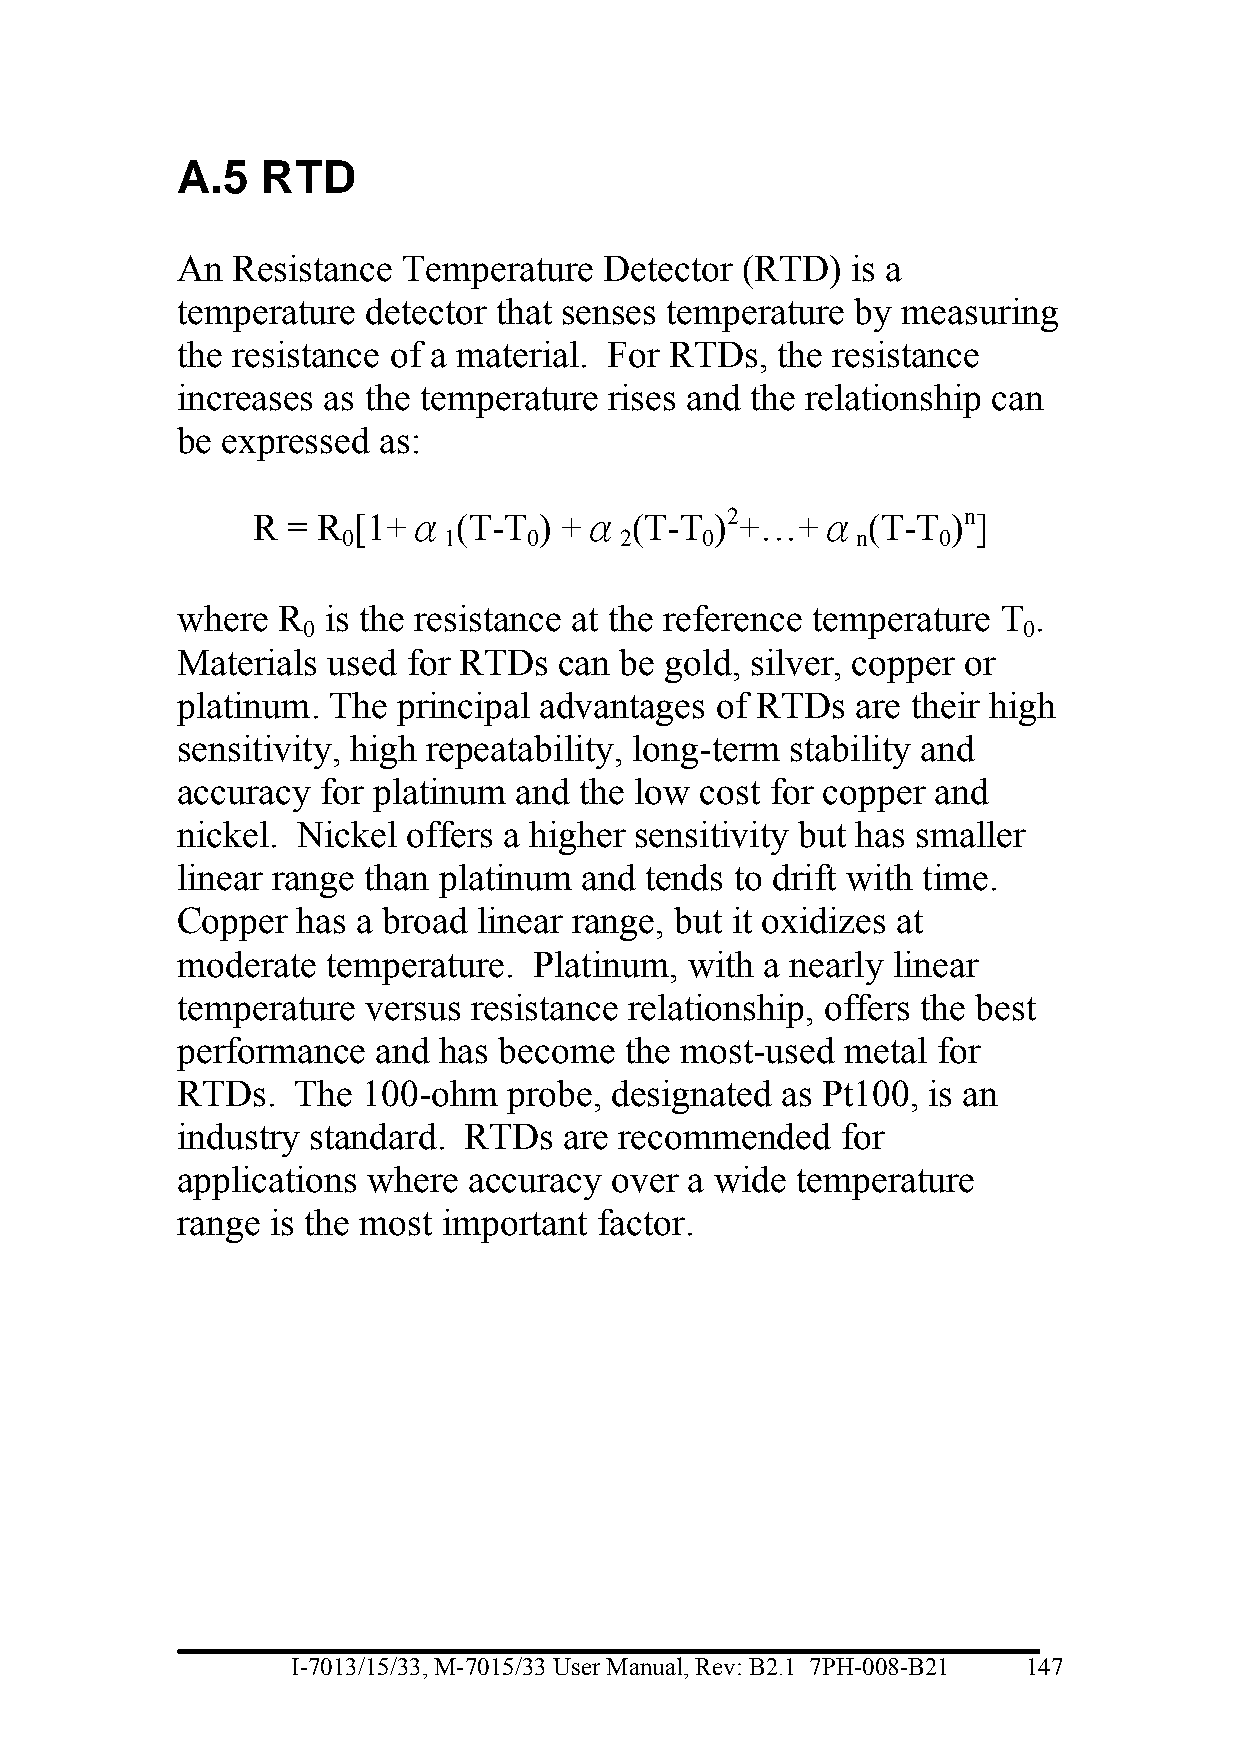
A.5  RTD
 An Resistance  Temperature  Detector (RTD)  is a
 temperature detector that senses temperature by measuring
 the resistance of a material. For RTDs, the resistance
 increases as the temperature rises and the relationship can
 be expressed as:
 R = R [1+α   (T-T  ) +α  (T-T )2+…+α    (T-T  )n]
 0     1     0     2    0          n    0
 where R  is the resistance at the reference temperature T .
 0                                               0
 Materials used for RTDs  can be gold, silver, copper or
 platinum. The principal advantages of RTDs   are their high
 sensitivity, high repeatability, long-term stability and
 accuracy for platinum and the low cost for copper and
 nickel. Nickel offers a higher sensitivity but has smaller
 linear range than platinum and tends to drift with time.
 Copper  has a broad linear range, but it oxidizes at
 moderate  temperature. Platinum,  with a nearly linear
 temperature versus resistance relationship, offers the best
 performance  and has become  the most-used  metal for
 RTDs.   The 100-ohm   probe, designated as Pt100, is an
 industry standard. RTDs  are recommended    for
 applications where accuracy over  a wide temperature
 range is the most important factor.
 I-7013/15/33, M-7015/33 User Manual, Rev: B2.1 7PH-008-B21 147